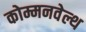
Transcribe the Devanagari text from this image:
कोम्मनवेल्थ